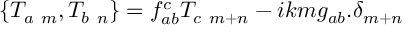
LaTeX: \left\{ T _ { a \ m } , T _ { b \ n } \right\} = f _ { a b } ^ { c } T _ { c \ m + n } - i k m g _ { a b } . \delta _ { m + n }